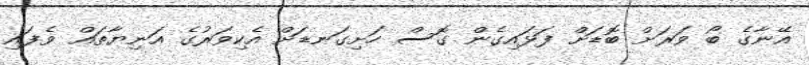
އޭނާގެ ބޯ ވަރަށް ބޮޑަށް ފަޅައިގެން ގޮސް ހަށިގަނޑަށް އެކިވަރުގެ އަނިޔާތައް ވެފައި